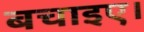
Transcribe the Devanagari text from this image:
बचाइए।